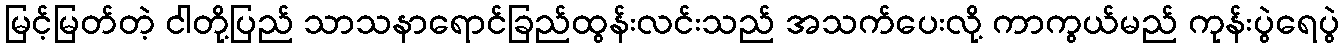
မြင့်မြတ်တဲ့ ငါတို့ပြည် သာသနာရောင်ခြည်ထွန်းလင်းသည် အသက်ပေးလို့ ကာကွယ်မည် ကုန်းပွဲရေပွဲ